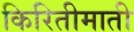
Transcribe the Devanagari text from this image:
किरितीमाती